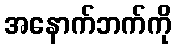
အနောက်ဘက်ကို